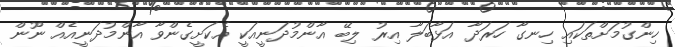
ހިންގުމަށްތަކައި ހިނގާ ހަރަދާ އަޅާބަލާ އިރު ލިބޭ އާންމުދަނީއަކީ އެކަށީގެންވާ އާންމުދަނީއެއް ނޫން